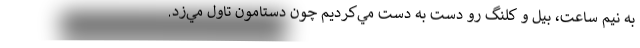
به نيم ساعت، بيل و كلنگ رو دست به دست مي‌كرديم چون دستامون تاول مي‌زد.